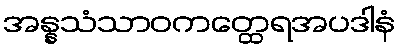
အန္နသံသာဝကတ္ထေရအပဒါနံ